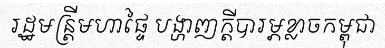
រដ្ឋមន្ត្រីមហាផ្ទៃ បង្ហាញក្តីបារម្ភខ្លាចកម្ពុជា